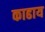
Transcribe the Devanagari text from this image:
काढाय